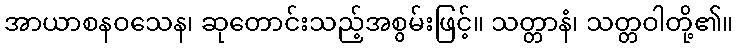
အာယာစနဝသေန၊ ဆုတောင်းသည့်အစွမ်းဖြင့်။ သတ္တာနံ၊ သတ္တဝါတို့၏။